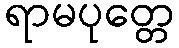
ရာမပုတ္တေ